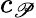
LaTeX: c_{\mathscr{P}}